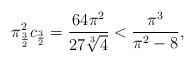
LaTeX: \begin{align*} \pi_{\frac32}^2 c_{\frac32}=\frac{64\pi^2 }{27\sqrt[3]{4}}<\frac{\pi^3}{\pi^2-8},\end{align*}